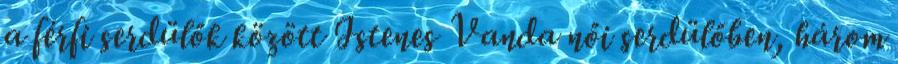
a férfi serdülők között Istenes Vanda női serdülőben, három